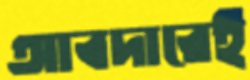
আবদারেই